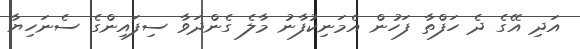
އަދި އޭގެ ދެ ހަފްތާ ފަހުން އެމަނިކުފާނު މާލެ ގެންދަވާ ސިފައިންގެ ސެނަހިޔާ